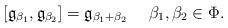
LaTeX: \begin{align*}[\mathfrak{g}_{\beta_1} , \mathfrak{g}_{\beta_2}] = \mathfrak{g}_{\beta_1 + \beta_2} \ \ \ \ \beta_1 , \beta_2 \in \Phi.\end{align*}